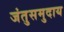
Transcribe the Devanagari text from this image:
जंतुसमुदाय